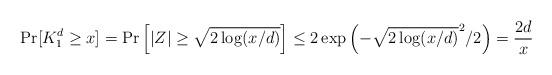
LaTeX: \begin{align*} \Pr[ K_1^d \ge x ] = \Pr\left[ |Z| \ge \sqrt{2 \log (x/d)} \right] \le 2\exp\left( - \sqrt{2 \log (x/d)}^2 /2 \right) = \frac{2d}{x}\end{align*}